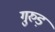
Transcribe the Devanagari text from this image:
गुरुड़